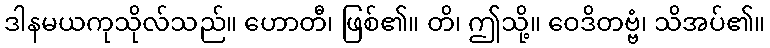
ဒါနမယကုသိုလ်သည်။ ဟောတီ၊ ဖြစ်၏။ တိ၊ ဤသို့။ ဝေဒိတဗ္ဗံ၊ သိအပ်၏။